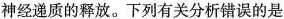
神经递质的释放。下列有关分析错误的是